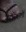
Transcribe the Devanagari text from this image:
बढ़ानेवालों